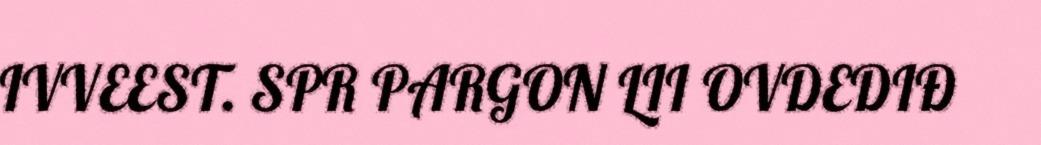
IVVEEST. SPR PARGON LII OVDEDIĐ